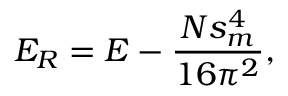
{ \cal E } _ { \tiny R } = { \cal E } - \frac { N s _ { m } ^ { 4 } } { 1 6 \pi ^ { 2 } } ,